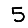
Digit: 5